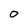
Character: 0